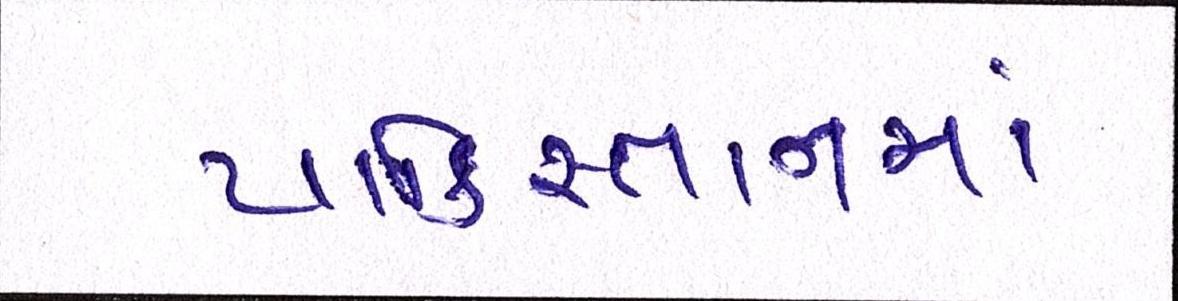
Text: પાકિસ્તાનમાં